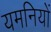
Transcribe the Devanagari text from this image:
यमनियों